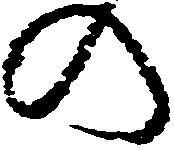
の